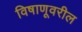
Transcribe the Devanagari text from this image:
विषाणूवरील